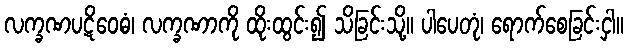
လက္ခဏပဋိဝေဓံ၊ လက္ခဏာကို ထိုးထွင်း၍ သိခြင်းသို့။ ပါပေတုံ၊ ရောက်စေခြင်းငှါ။